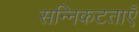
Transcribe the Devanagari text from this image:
सन्निकटताएँ